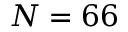
N = 6 6